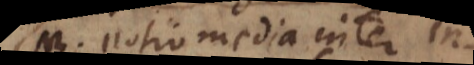
NB. Notio media inter